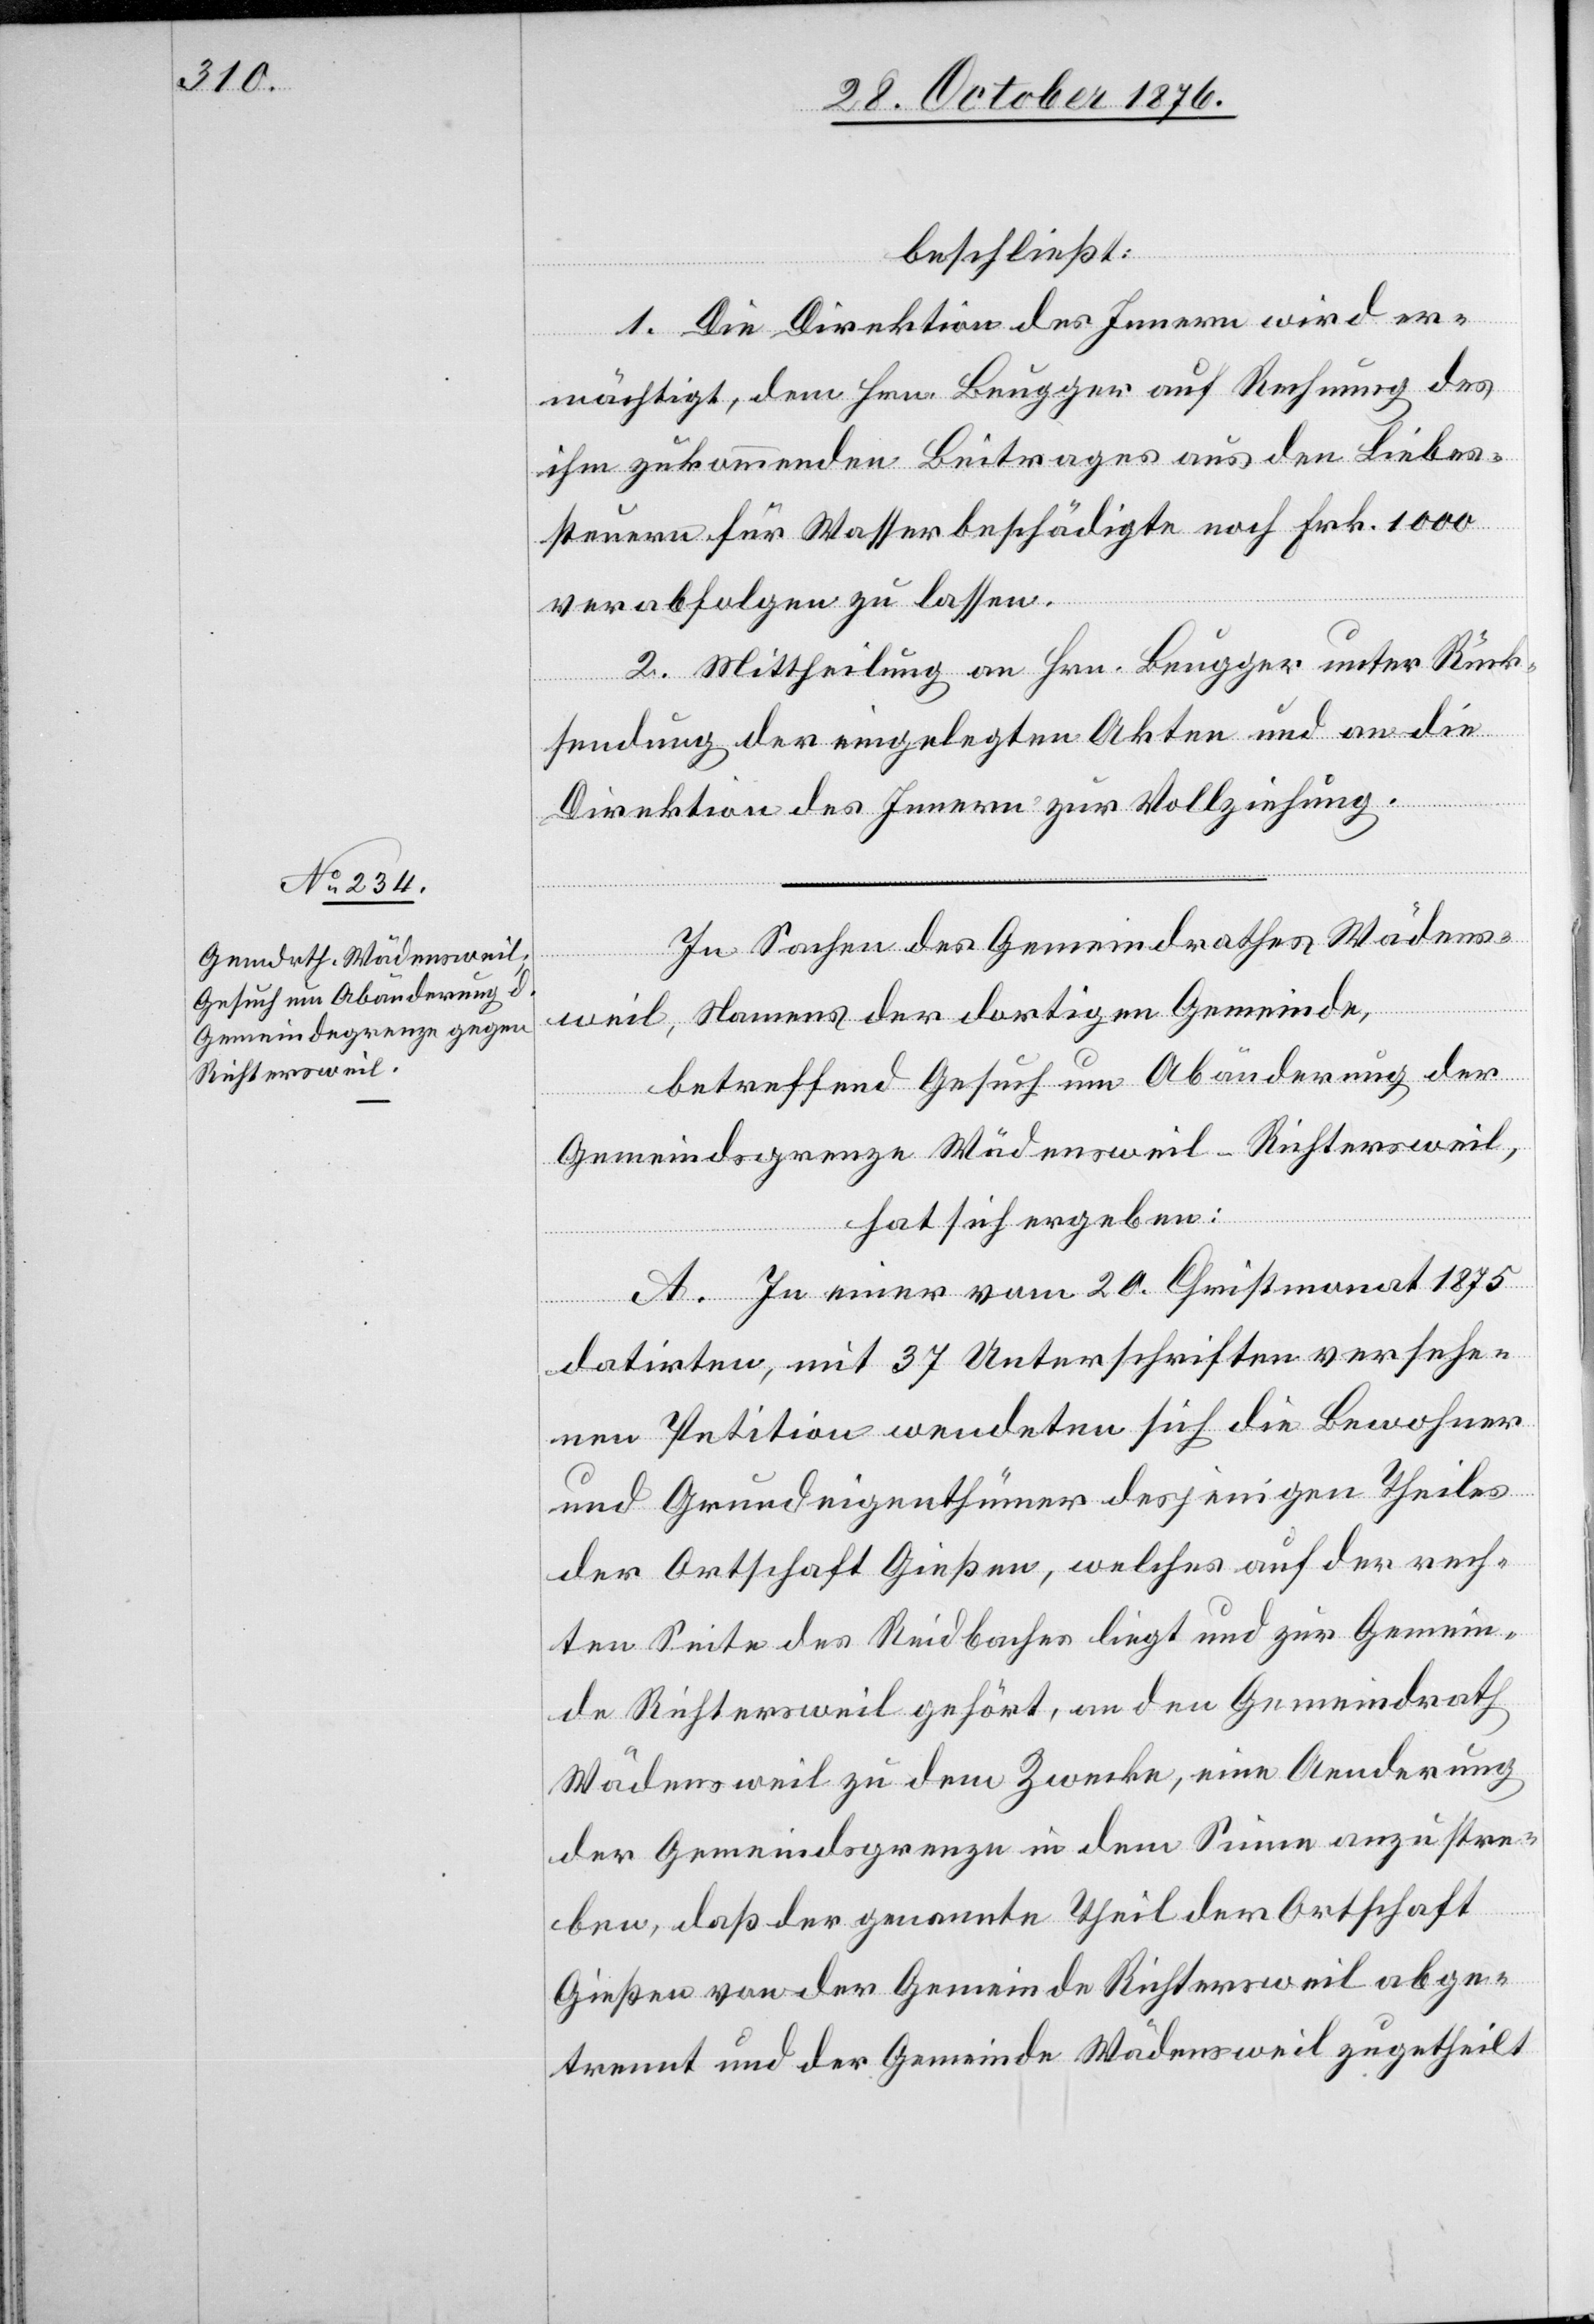
beschließt:
1. Die Direktion des Innern wird er¬
mächtigt, dem Hrn. Beugger auf Rechnung des
ihm zukommenden Beitrages aus den Liebes¬
steuern für Wasserbeschädigte noch Frk. 1000
verabfolgen zu lassen.
2. Mittheilung an Hrn. Beugger unter Rück¬
sendung der eingelegten Akten und an die
Direktion des Innern zur Vollziehung.
In Sachen des Gemeindrathes Wädens¬
weil, Namens der dortigen Gemeinde,
betreffend Gesuch um Abänderung der
Gemeindsgrenze Wädensweil-Richtersweil,
hat sich ergeben:
A. In einer vom 20. Christmonat 1875
datirten, mit 37 Unterschriften versehe¬
nen Petition wendeten sich die Bewohner
und Grundeigenthümer desjenigen Theiles
der Ortschaft Gießen, welches auf der rech¬
ten Seite des Reidbaches liegt und zur Gemein¬
de Richtersweil gehört, an den Gemeindrath
Wädensweil zu dem Zwecke, eine Aenderung
der Gemeindsgrenze in dem Sinne anzustre¬
ben, daß der genannte Theil der Ortschaft
Gießen von der Gemeinde Richtersweil abge¬
trennt und der Gemeinde Wädensweil zugetheilt